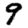
Digit: 9